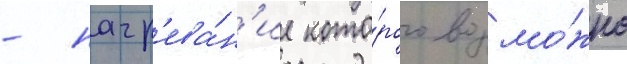
- нагр'ева́н'ие кото́рого возмо́жно